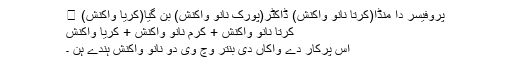
پروفیسر دا منڈا(کرتا نانوَ واکنش) ڈاکٹر(پورک نانوَ واکنش) بن گیا(کریا واکنش) ।
کرتا نانوَ واکنش + کرم نانوَ واکنش + کریا واکنش
اس پرکار دے واکاں دی بنتر وچ وی دو نانوَ واکنش ہندے ہن ۔